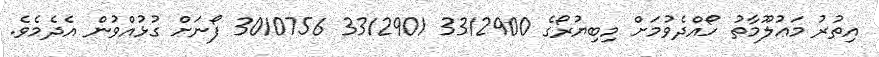
އިތުރު މަޢުލޫމާތު ހޯއްދެވުމަށް މިބިޔުރޯގެ 3312900 3312901 3010756 ފޯނަށް ގުޅުއްވުން އެދެމެވެ.